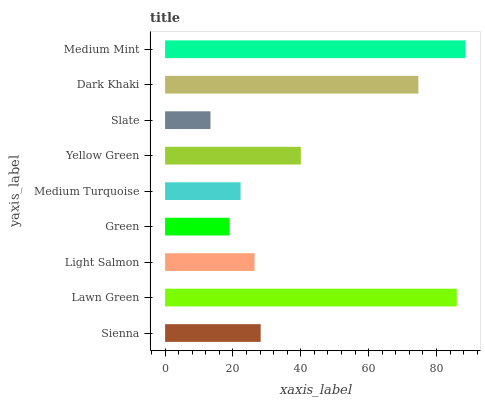
| yaxis_label | bars |
 | --- | --- |
 | Sienna | 28.2 |
 | Lawn Green | 86 |
 | Light Salmon | 26.4 |
 | Green | 19 |
 | Medium Turquoise | 22.3 |
 | Yellow Green | 40 |
 | Slate | 13.4 |
 | Dark Khaki | 74.7 |
 | Medium Mint | 88.6 |